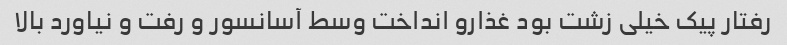
رفتار پیک خیلی زشت بود غذارو انداخت وسط آسانسور و رفت و نیاورد بالا